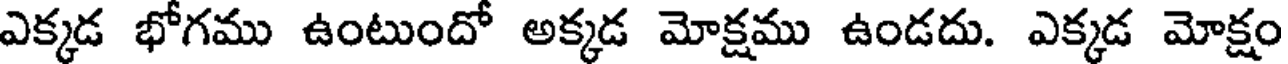
ఎక్కడ భోగము ఉంటుందో అక్కడ మోక్షము ఉండదు. ఎక్కడ మోక్షం